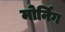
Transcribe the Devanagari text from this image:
मोर्निग